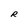
Character: R